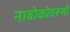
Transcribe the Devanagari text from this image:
नाबोकोवरूसी